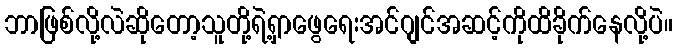
ဘာဖြစ်လို့လဲဆိုတော့သူတို့ရဲ့ရှာဖွေရေးအင်ဂျင်အဆင့်ကိုထိခိုက်နေလို့ပဲ။